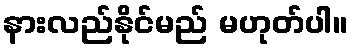
နားလည်နိုင်မည် မဟုတ်ပါ။